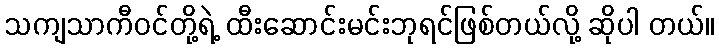
သကျသာကီဝင်တို့ရဲ့ ထီးဆောင်းမင်းဘုရင်ဖြစ်တယ်လို့ ဆိုပါ တယ်။